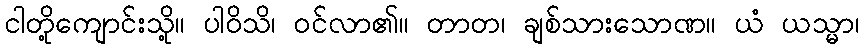
ငါတို့ကျောင်းသို့။ ပါဝိသိ၊ ဝင်လာ၏။ တာတ၊ ချစ်သားသောဏ။ ယံ ယသ္မာ၊